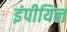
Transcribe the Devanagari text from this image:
इंपीयिल